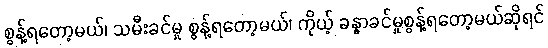
စွန့်ရတော့မယ်၊ သမီးခင်မှု စွန့်ရတော့မယ်၊ ကိုယ့် ခန္ဓာခင်မှုစွန့်ရတော့မယ်ဆိုရင်